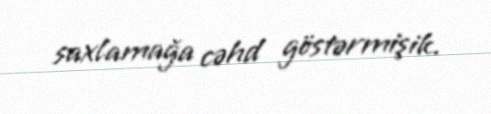
saxlamağa cəhd göstərmişik.